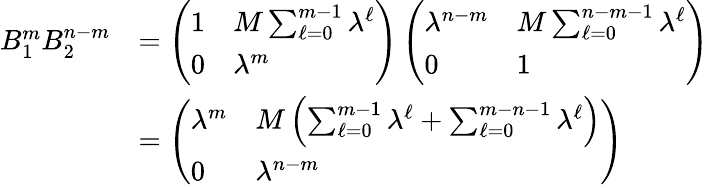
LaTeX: \begin{array}{rl}{B_{1}^{m}B_{2}^{n-m}}&{=\left(\begin{array}{ll}{1}&{M\sum_{\ell=0}^{m-1}\lambda^{\ell}}\\ {0}&{\lambda^{m}}\end{array}\right)\left(\begin{array}{ll}{\lambda^{n-m}}&{M\sum_{\ell=0}^{n-m-1}\lambda^{\ell}}\\ {0}&{1}\end{array}\right)}\\ &{=\left(\begin{array}{ll}{\lambda^{m}}&{M\left(\sum_{\ell=0}^{m-1}\lambda^{\ell}+\sum_{\ell=0}^{m-n-1}\lambda^{\ell}\right)}\\ {0}&{\lambda^{n-m}}\end{array}\right)}\end{array}